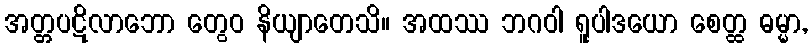
အတ္တပဋိလာဘော တွေဝ နိယျာတေသိ။ အထဿ ဘဂဝါ ရူပါဒယော စေတ္ထ ဓမ္မာ,